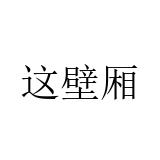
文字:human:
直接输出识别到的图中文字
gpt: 这壁厢